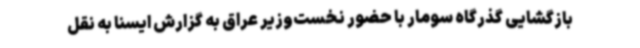
بازگشایی گذرگاه سومار با حضور نخست‌وزیر عراق به گزارش ایسنا به نقل